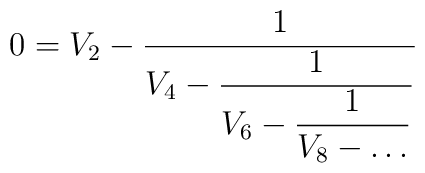
0=V_2 -\frac{1}{\displaystyle V_4 -\frac{1}{\displaystyle V_6 -\frac{1}{\displaystyle V_8 -\ldots } } }